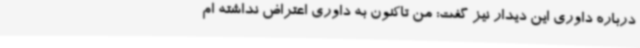
درباره داوری این دیدار نیز گفت: من تاکنون به داوری اعتراض نداشته ام